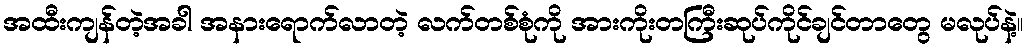
အထီးကျန်တဲ့အခါ အနားရောက်လာတဲ့ လက်တစ်စုံကို အားကိုးတကြီးဆုပ်ကိုင်ချင်တာတွေ မလုပ်နဲ့။